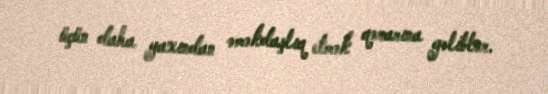
üçün daha yaxından əməkdaşlıq etmək qərarına gəliblər.